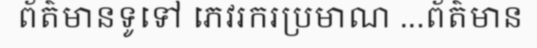
ព័ត៌មានទូទៅ ភេវរករប្រមាណ ...ព័ត៌មាន